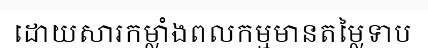
ដោយសារកម្លាំងពលកម្មមានតម្លៃទាប